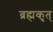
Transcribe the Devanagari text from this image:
ब्रह्मकृत्